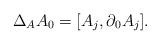
LaTeX: \begin{align*}\Delta_A A_0 = [A_j,\partial_0 A_j].\end{align*}